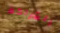
الشراكة